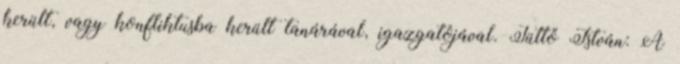
került, vagy konfliktusba került tanárával, igazgatójával. Tüttő István: A